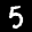
Label: 5